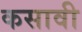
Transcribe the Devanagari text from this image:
कसावी